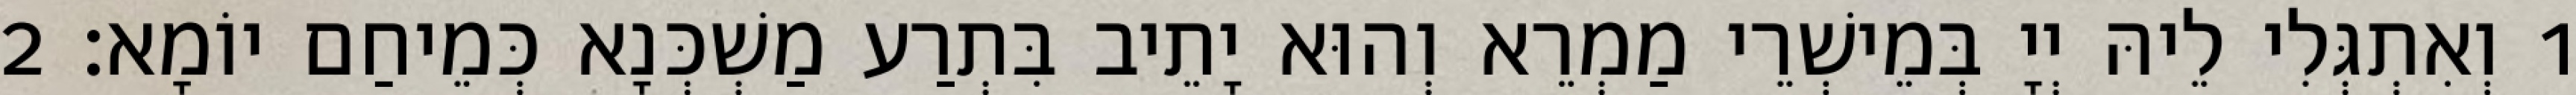
1 וְאִתְגְּלִי לֵיהּ יְיָ בְּמֵישְׁרֵי מַמְרֵא וְהוּא יָתֵיב בִּתְרַע מַשְׁכְּנָא כְּמֵיחַם יוֹמָא׃ 2